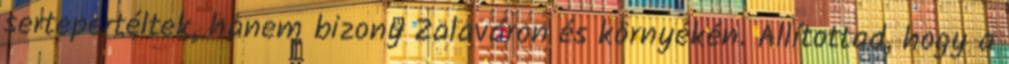
sertepertéltek, hanem bizony Zalaváron és környékén. Állítottad, hogy a